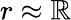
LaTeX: r\approx\mathbb{R}